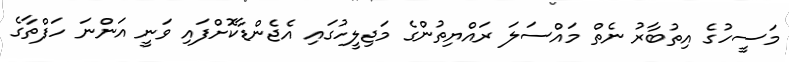
މަސީހުގެ އިތުބާރު ނެތް މައްސަލަ ރައްޔިތުންގެ މަޖިލީހުގައި އެޖެންޑާކޮށްފައި ވަނީ އަންނަ ހަފްތާގެ